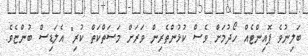
ބަލިނުވެ ޕޮއިންޓެއް ހޯދުމަށް ވެސް ކުޅުންތެރިން ވަރަށް މަސަތްކަތް ކުރި" އެލަޑިސް ބުންޏެވެ.